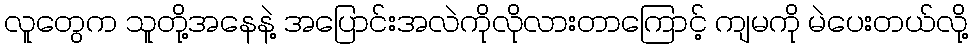
လူတွေက သူတို့အနေနဲ့ အပြောင်းအလဲကိုလိုလားတာကြောင့် ကျမကို မဲပေးတယ်လို့